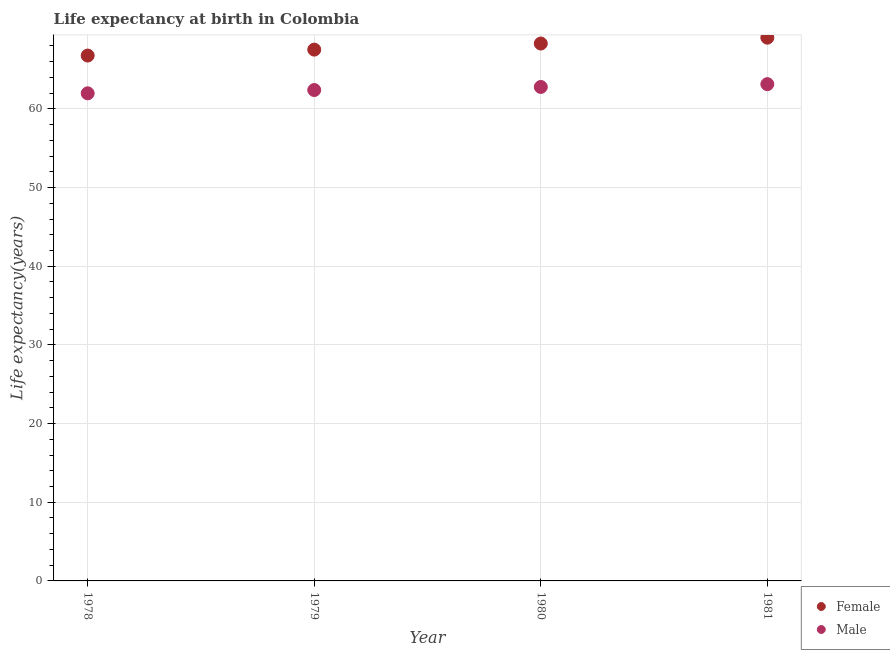
| Year | Female | Male |
 | --- | --- | --- |
 | 1978 | 66.8 | 62 |
 | 1979 | 67.5 | 62.4 |
 | 1980 | 68.3 | 62.8 |
 | 1981 | 69.1 | 63.1 |